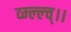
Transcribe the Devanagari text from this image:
व्म्ल्ल्च्।।